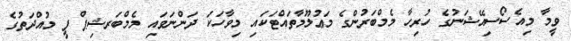
ވީމާ މިއެސޯސިއޭޝަނުގެ ހުރިހާ މެމްބަރުންގެ މަޢުލޫމާތައްޓަކައި މިވާހަކަ ދަންނަވައި މެމްބަރޝިޕް ފީ މުއްދަތުގެ